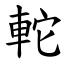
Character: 䡐